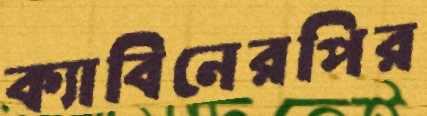
ক্যাবিনেরপির